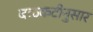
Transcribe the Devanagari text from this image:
बळकटीनुसार